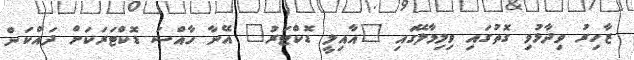
ޒާހިރު ވިދާޅުވި ގޮތުގައި ވިލިމާލޭގައި "އާއިލީ ޑޮކްޓަރު" އޭނާ ހާއްސަ ޑޮކްޓަރަކަށް ދައްކަން